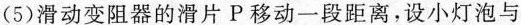
(5)滑动变阻器的滑片P移动一段距离，设小灯泡与